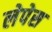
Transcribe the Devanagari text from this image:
लेपेस